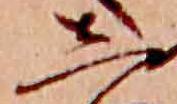
し